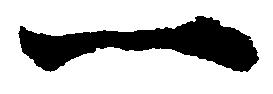
一